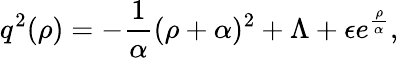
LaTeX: q^{2}(\rho)=-{\frac{1}{\alpha}}(\rho+\alpha)^{2}+\Lambda+\epsilon e^{\frac{\rho}{\alpha^{}}},